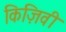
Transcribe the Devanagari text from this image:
किज़िवी